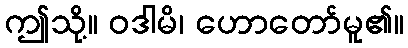
ဤသို့။ ဝဒါမိ၊ ဟောတော်မူ၏။